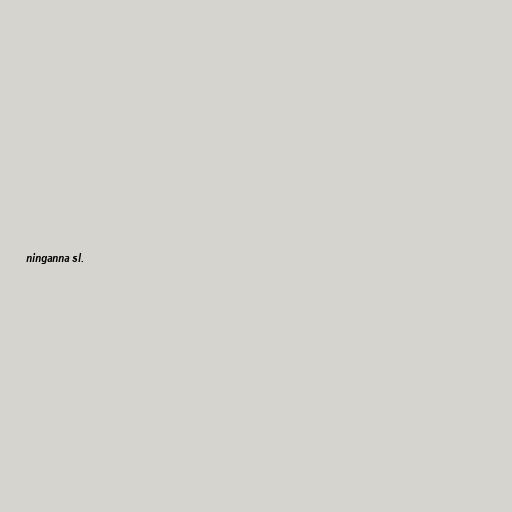
ninganna sl.